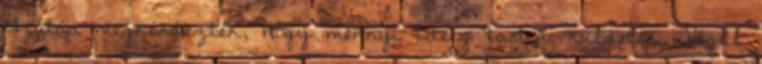
Azután megkérdezték, hogy mennyi ideig tart a küldetés. Végül